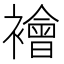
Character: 襘